Veterinary regulations India, 1925 -
Year: 1925
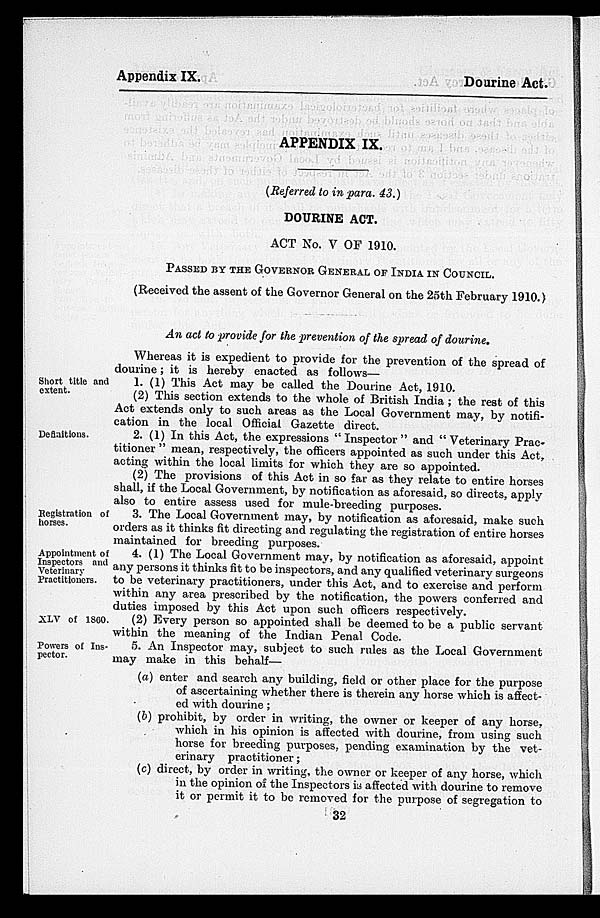
Appendix IX.
Dourine Act.
APPENDIX IX.
(Referred to in para. 43.)
DOURINE ACT.
ACT No. V OF 1910.
PASSED BY THE GOVERNOR GENERAL OF INDIA IN COUNCIL.
(Received the assent of the Governor General on the 25th February 1910.)
An act to provide for the prevention of the spread of dourine.
Whereas it is expedient to provide for the prevention of the spread of
dourine; it is hereby enacted as follows—
Short title and
extent.
1. (1) This Act may be called the Dourine Act, 1910.
(2) This section extends to the whole of British India ; the rest of this
Act extends only to such areas as the Local Government may, by notifi-
cation in the local Official Gazette direct.
Definitions.
2. (1) In this Act, the expressions "Inspector" and "Veterinary Prac-
titioner " mean, respectively, the officers appointed as such under this Act,
acting within the local limits for which they are so appointed.
(2) The provisions of this Act in so far as they relate to entire horses
shall, if the Local Government, by notification as aforesaid, so directs, apply
also to entire assess used for mule-breeding purposes.
Registration of
horses.
3. The Local Government may, by notification as aforesaid, make such
orders as it thinks fit directing and regulating the registration of entire horses
maintained for breeding purposes.
Appointment of
Inspectors and
Veterinary
Practitioners.
4. (1) The Local Government may, by notification as aforesaid, appoint
any persons it thinks fit to be inspectors, and any qualified veterinary surgeons
to be veterinary practitioners, under this Act, and to exercise and perform
within any area prescribed by the notification, the powers conferred and
duties imposed by this Act upon such officers respectively.
XLV of 1800.
(2) Every person so appointed shall be deemed to be a public servant
within the meaning of the Indian Penal Code.
Powers of Ins-
pector.
5. An Inspector may, subject to such rules as the Local Government
may make in this behalf—
(a) enter and search any building, field or other place for the purpose
of ascertaining whether there is therein any horse which is affect-
ed with dourine;
(b) prohibit, by order in writing, the owner or keeper of any horse,
which in his opinion is affected with dourine, from using such
horse for breeding purposes, pending examination by the vet-
erinary practitioner;
(c) direct, by order in writing, the owner or keeper of any horse, which
in the opinion of the Inspectors is affected with dourine to remove
it or permit it to be removed for the purpose of segregation to
32